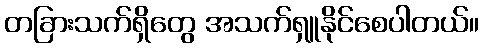
တခြားသက်ရှိတွေ အသက်ရှူနိုင်စေပါတယ်။